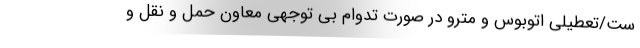
ست/تعطیلی اتوبوس و مترو در صورت تدوام بی توجهی معاون حمل و نقل و